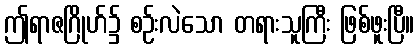
ဤရာဇဂြိုဟ်၌ စဉ်းလဲသော တရားသူကြီး ဖြစ်ဖူးပြီ။